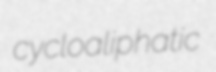
cycloaliphatic